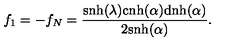
f _ { 1 } = - f _ { N } = \frac { \mathrm { s n h } ( \lambda ) \mathrm { c n h } ( \alpha ) \mathrm { d n h } ( \alpha ) } { 2 \mathrm { s n h } ( \alpha ) } .